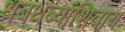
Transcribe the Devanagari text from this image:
धबधब्यांशिवाय